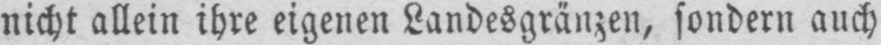
nicht allein ihre eigenen Landesgränzen, sondern auch